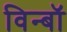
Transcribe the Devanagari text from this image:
विन्बॉ